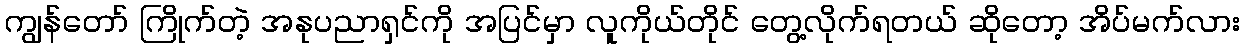
ကျွန်တော် ကြိုက်တဲ့ အနုပညာရှင်ကို အပြင်မှာ လူကိုယ်တိုင် တွေ့လိုက်ရတယ် ဆိုတော့ အိပ်မက်လား